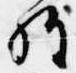
経